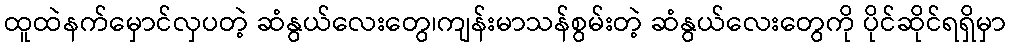
ထူထဲနက်မှောင်လှပတဲ့ ဆံနွယ်လေးတွေ၊ကျန်းမာသန်စွမ်းတဲ့ ဆံနွယ်လေးတွေကို ပိုင်ဆိုင်ရရှိမှာ